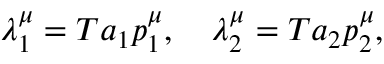
\lambda _ { 1 } ^ { \mu } = T a _ { 1 } p _ { 1 } ^ { \mu } , \quad \lambda _ { 2 } ^ { \mu } = T a _ { 2 } p _ { 2 } ^ { \mu } , \nonumber